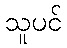
သူပင်